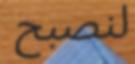
لنصبح